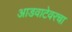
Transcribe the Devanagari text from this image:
आडवाटेवरचा